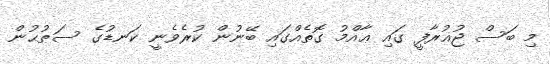
މި ބަސް ޖުޣުރާފީ ގައި ޢާއްމު ގޮތެއްގައި ބޭނުން ކުރެވެނީ ކަނޑުގެ ސަޠުޙުން